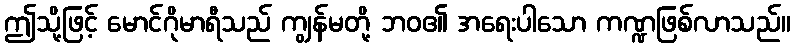
ဤသို့ဖြင့် မောင်ဂိုမာရီသည် ကျွန်မတို့ ဘဝ၏ အရေးပါသော ကဏ္ဍဖြစ်လာသည်။